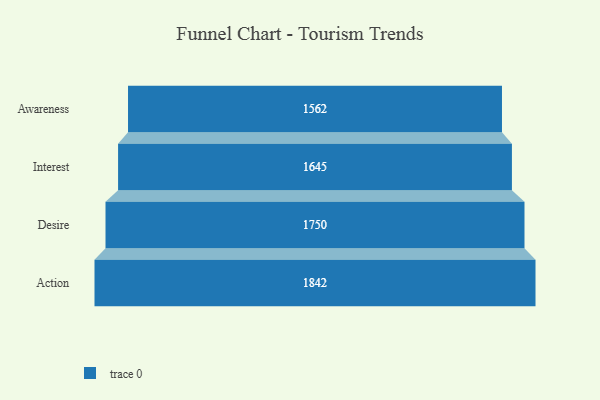
{"axis": {"x": "Stage", "y": "Value"}, "legend": [""], "data": [{"x": "Awareness", "y": 1562.0, "type": ""}, {"x": "Interest", "y": 1645.0, "type": ""}, {"x": "Desire", "y": 1750.0, "type": ""}, {"x": "Action", "y": 1842.0, "type": ""}]}